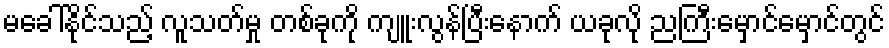
မခေါ်နိုင်သည့် လူသတ်မှု တစ်ခုကို ကျူးလွန်ပြီးနောက် ယခုလို ညကြီးမှောင်မှောင်တွင်